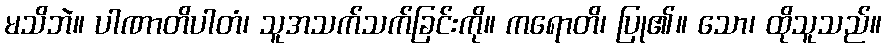
မသိဘဲ။ ပါဏာတိပါတံ၊ သူအသက်သက်ခြင်းကို။ ကရောတိ၊ ပြု၏။ သော၊ ထိုသူသည်။